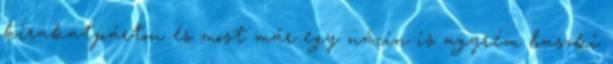
kirakatpárton és most már egy nácin is agyrém baszki